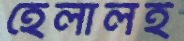
হেলালই